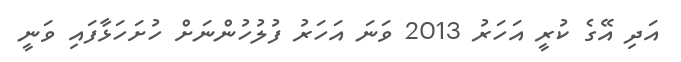
އަދި އޭގެ ކުރީ އަހަރު 2013 ވަނަ އަހަރު ފުލުހުންނަށް ހުށަހަޅާފައި ވަނީ